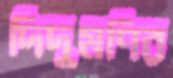
দিদুমণির